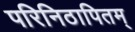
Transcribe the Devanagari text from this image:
परिनिठापितम्